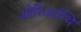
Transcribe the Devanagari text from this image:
ओरिआन्थि